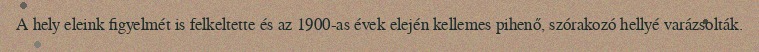
A hely eleink figyelmét is felkeltette és az 1900-as évek elején kellemes pihenő, szórakozó hellyé varázsolták.